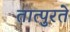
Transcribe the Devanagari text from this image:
तात्पुरतेे